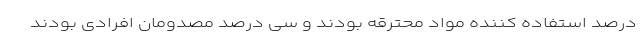
درصد استفاده کننده مواد محترقه بودند و سی درصد مصدومان افرادی بودند